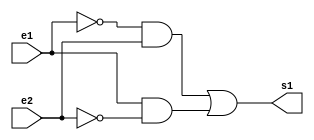

// 
// Ex 05 extra
// Vinicius Dos Santos Bordoni
// 365595
//


module XOR ( s1, e1, e2);

output s1;
input e1, e2;

assign s1 = (( ~e1&e2 | e1&~e2));

endmodule

module Exe_XOR;

reg a, b;
wire e;

XOR XOR1( e, a, b);

initial begin

$display("Guia 01 Ex05");
$display("Vinicius dos Santos Bordoni");
$display("365595");
$display("Teste da porta XOR com 2 entradas.");
$display("\n e1 e2 e3\n");
$monitor(" %b  %b  %b", a, b, e);

#1		a=0; b=0; 
#1		a=0; b=1; 
#1		a=1; b=0; 
#1		a=1; b=1; 
end

endmodule